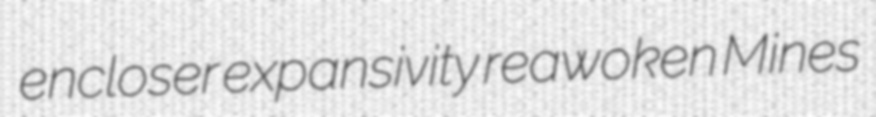
encloser expansivity reawoken Mines